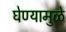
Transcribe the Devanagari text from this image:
घेण्यामुळे